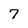
Character: 7